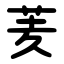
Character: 羐